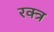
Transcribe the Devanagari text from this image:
रक्त्र